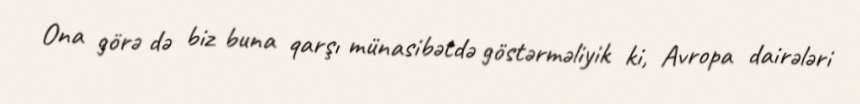
Ona görə də biz buna qarşı münasibətdə göstərməliyik ki, Avropa dairələri